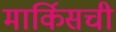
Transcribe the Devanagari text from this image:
मार्किसची